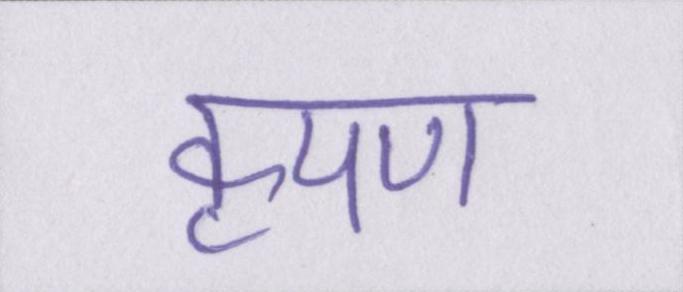
कृपण